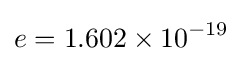
e=1.602\times 10^{-19}